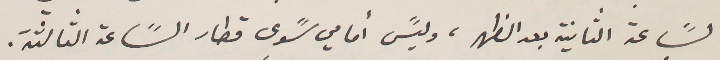
السًاعة الثانية بعد الظهر، وليسً أمامي سًوى قطار السًاعة الثالثة.